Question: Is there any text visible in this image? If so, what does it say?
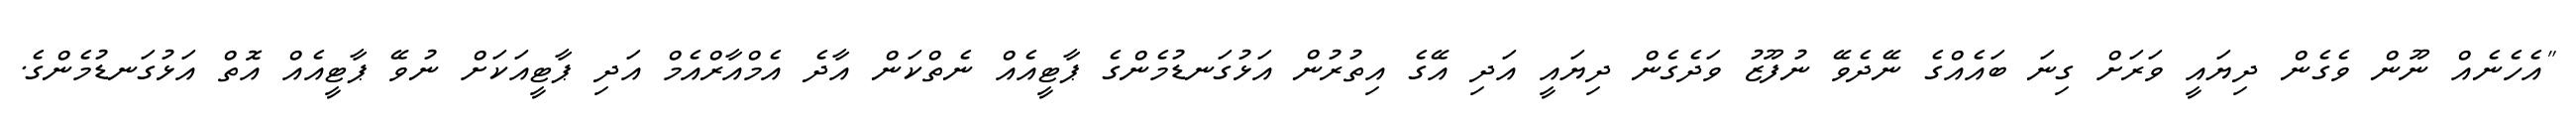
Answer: "އެހެނެއް ނޫން ވެގެން ދިޔައީ ވަރަށް ގިނަ ބައެއްގެ ނޭދެވޭ ނުފޫޒު ވަދެގެން ދިޔައީ އަދި އޭގެ އިތުރުން އަޅުގަނޑުމެންގެ ޕާޓީއެއް ނެތްކަން އާދެ އެމްއާރްއެމް އަދި ޕާޓީއަކަށް ނުވޭ ޕާޓީއެއް އޮތް އަޅުގަނޑުމެންގެ.